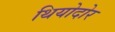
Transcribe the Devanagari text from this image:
थियोदोर